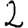
Digit: 2